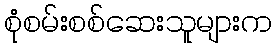
စုံစမ်းစစ်ဆေးသူများက